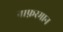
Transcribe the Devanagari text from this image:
नाफ़रमान